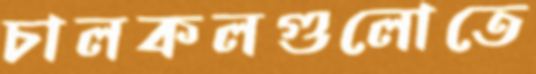
চালকলগুলোতে